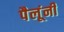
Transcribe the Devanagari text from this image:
पैलूंनी